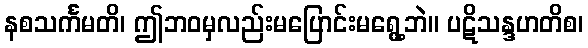
နစသင်္ကမတိ၊ ဤဘဝမှလည်းမပြောင်းမရွေ့ဘဲ။ ပဋိသန္ဒဟတိစ၊